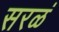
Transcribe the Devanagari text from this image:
सरळं